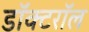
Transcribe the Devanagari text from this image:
डॉक्टरॉल